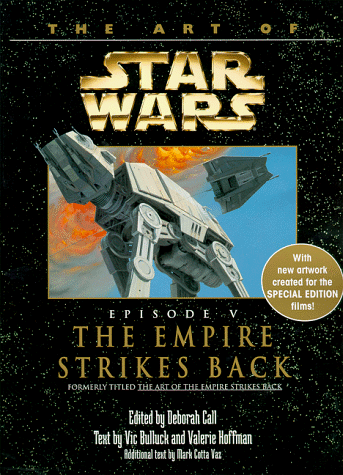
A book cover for The Art of Star Wars, Episode V - The Empire Strikes Back; Deborah Call; Science Fiction & Fantasy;